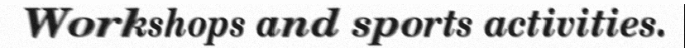
Workshops and sports activities.